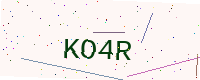
Text: KO4R